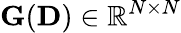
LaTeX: {\mathbf G}({\mathbf D})\in\mathbb{R}^{N\times N}